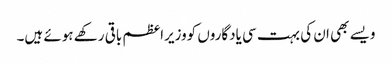
ویسے بھی ان کی بہت سی یادگاروں کووزیراعظم باقی رکھے ہوئے ہیں۔